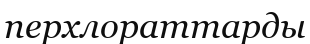
перхлораттарды